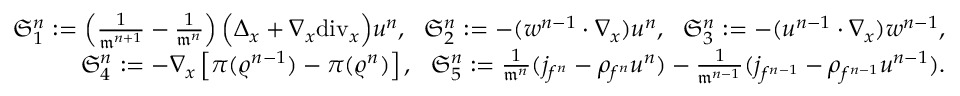
\begin{array} { r } { \mathfrak { S } _ { 1 } ^ { n } : = \left( \frac { 1 } { \mathfrak { m } ^ { n + 1 } } - \frac { 1 } { \mathfrak { m } ^ { n } } \right) \Big ( \Delta _ { x } + \nabla _ { x } \mathrm { d i v } _ { x } \Big ) u ^ { n } , \ \ \mathfrak { S } _ { 2 } ^ { n } : = - ( w ^ { n - 1 } \cdot \nabla _ { x } ) u ^ { n } , \ \ \mathfrak { S } _ { 3 } ^ { n } : = - ( u ^ { n - 1 } \cdot \nabla _ { x } ) w ^ { n - 1 } , } \\ { \mathfrak { S } _ { 4 } ^ { n } : = - \nabla _ { x } \left[ \pi ( \varrho ^ { n - 1 } ) - \pi ( \varrho ^ { n } ) \right] , \ \ \mathfrak { S } _ { 5 } ^ { n } : = \frac { 1 } { \mathfrak { m } ^ { n } } ( j _ { f ^ { n } } - \rho _ { f ^ { n } } u ^ { n } ) - \frac { 1 } { \mathfrak { m } ^ { n - 1 } } ( j _ { f ^ { n - 1 } } - \rho _ { f ^ { n - 1 } } u ^ { n - 1 } ) . } \end{array}